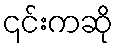
၎င်းကဆို